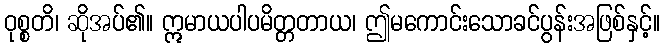
ဝုစ္စတိ၊ ဆိုအပ်၏။ ဣမာယပါပမိတ္တတာယ၊ ဤမကောင်းသောခင်ပွန်းအဖြစ်နှင့်။